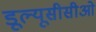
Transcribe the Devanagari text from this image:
डूल्यूसीसीओ